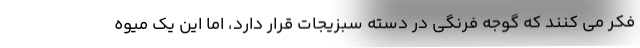
فکر می کنند که گوجه فرنگی در دسته سبزیجات قرار دارد، اما این یک میوه